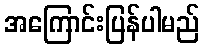
အကြောင်းပြန်ပါမည်